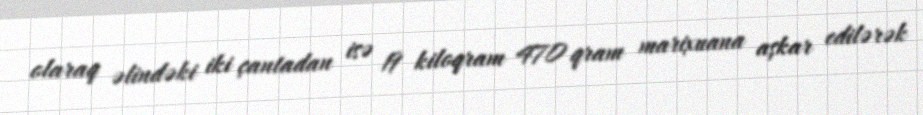
olaraq əlindəki iki çantadan isə 19 kiloqram 470 qram marixuana aşkar edilərək